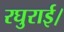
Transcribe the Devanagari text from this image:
रघुराई।